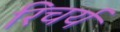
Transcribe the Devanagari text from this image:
रिचर्य